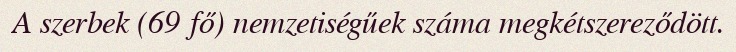
A szerbek (69 fő) nemzetiségűek száma megkétszereződött.